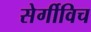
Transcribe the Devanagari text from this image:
सेर्गीविच